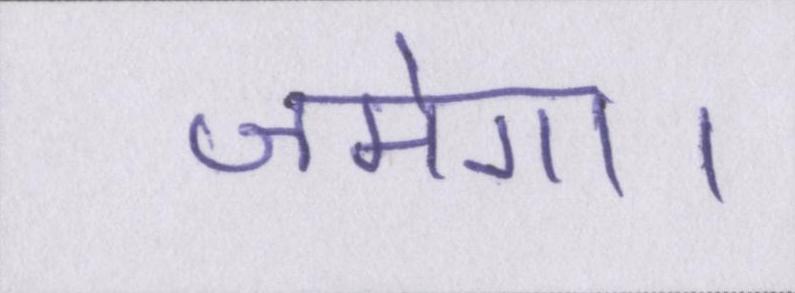
जमेगा।